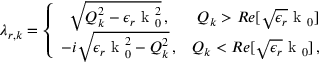
\lambda _ { r , k } = \left\{ \begin{array} { l l } { \, \, \, \sqrt { Q _ { k } ^ { 2 } - \epsilon _ { r } \mathrm { ~ k ~ } _ { 0 } ^ { 2 } } \, , } & { \ Q _ { k } > R e [ \sqrt { \epsilon _ { r } } \mathrm { ~ k ~ } _ { 0 } ] \, } \\ { - i \sqrt { \epsilon _ { r } \mathrm { ~ k ~ } _ { 0 } ^ { 2 } - Q _ { k } ^ { 2 } } \, , } & { Q _ { k } < R e [ \sqrt { \epsilon _ { r } } \mathrm { ~ k ~ } _ { 0 } ] \, , } \end{array} \right.